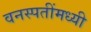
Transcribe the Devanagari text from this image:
वनस्पतींमध्यी